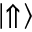
\lvert \Uparrow \rangle